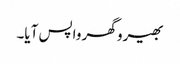
بھیرو گھر واپس آیا۔